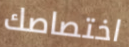
اختصاصك